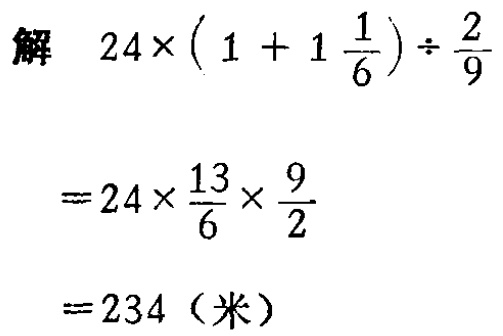
\[

\begin{align*}

&24\times\left(1 + 1\frac{1}{6}\right)\div\frac{2}{9}\\

=&24\times\frac{13}{6}\times\frac{9}{2}\\

=&234（米）

\end{align*}

\]